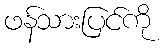
ဖန်သားပြင်ကို